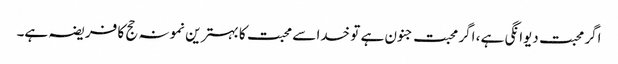
اگر محبت دیوانگی ہے ، اگر محبت جنون ہے تو خدا سے محبت کا بہترین نمونہ حج کا فریضہ ہے۔